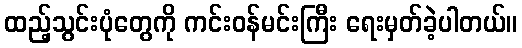
ထည့်သွင်းပုံတွေကို ကင်းဝန်မင်းကြီး ရေးမှတ်ခဲ့ပါတယ်။